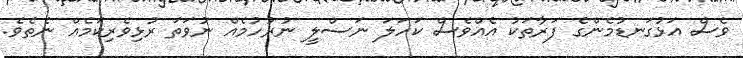
ވެސް އަޅުގަނޑުމެންގެ ފަރާތަކު އެއްވެސް ކަހަލަ ނަސްލީ ނުރުހުމެއް ނުވަތަ ރުޅިވެރިކަމެއް ނެތެވެ.